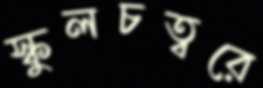
স্কুলচত্বরে